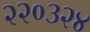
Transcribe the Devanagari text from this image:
२२०३२४